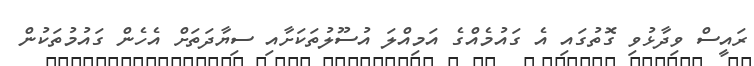
ރައީސް ވިދާޅުވި ގޮތުގައި އެ ގައުމެއްގެ އަމިއްލަ އުސޫލުތަކަށާއި ސިޔާދަތަށް އެހެން ގައުމުތަކުން